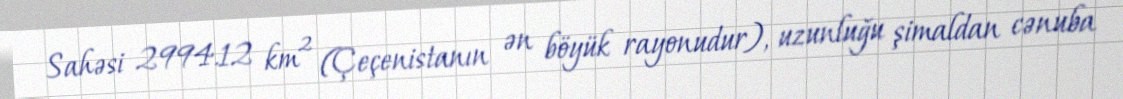
Sahəsi 2994.12 km² (Çeçenistanın ən böyük rayonudur), uzunluğu şimaldan cənuba